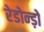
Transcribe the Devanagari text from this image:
रेडोन्ड़ो